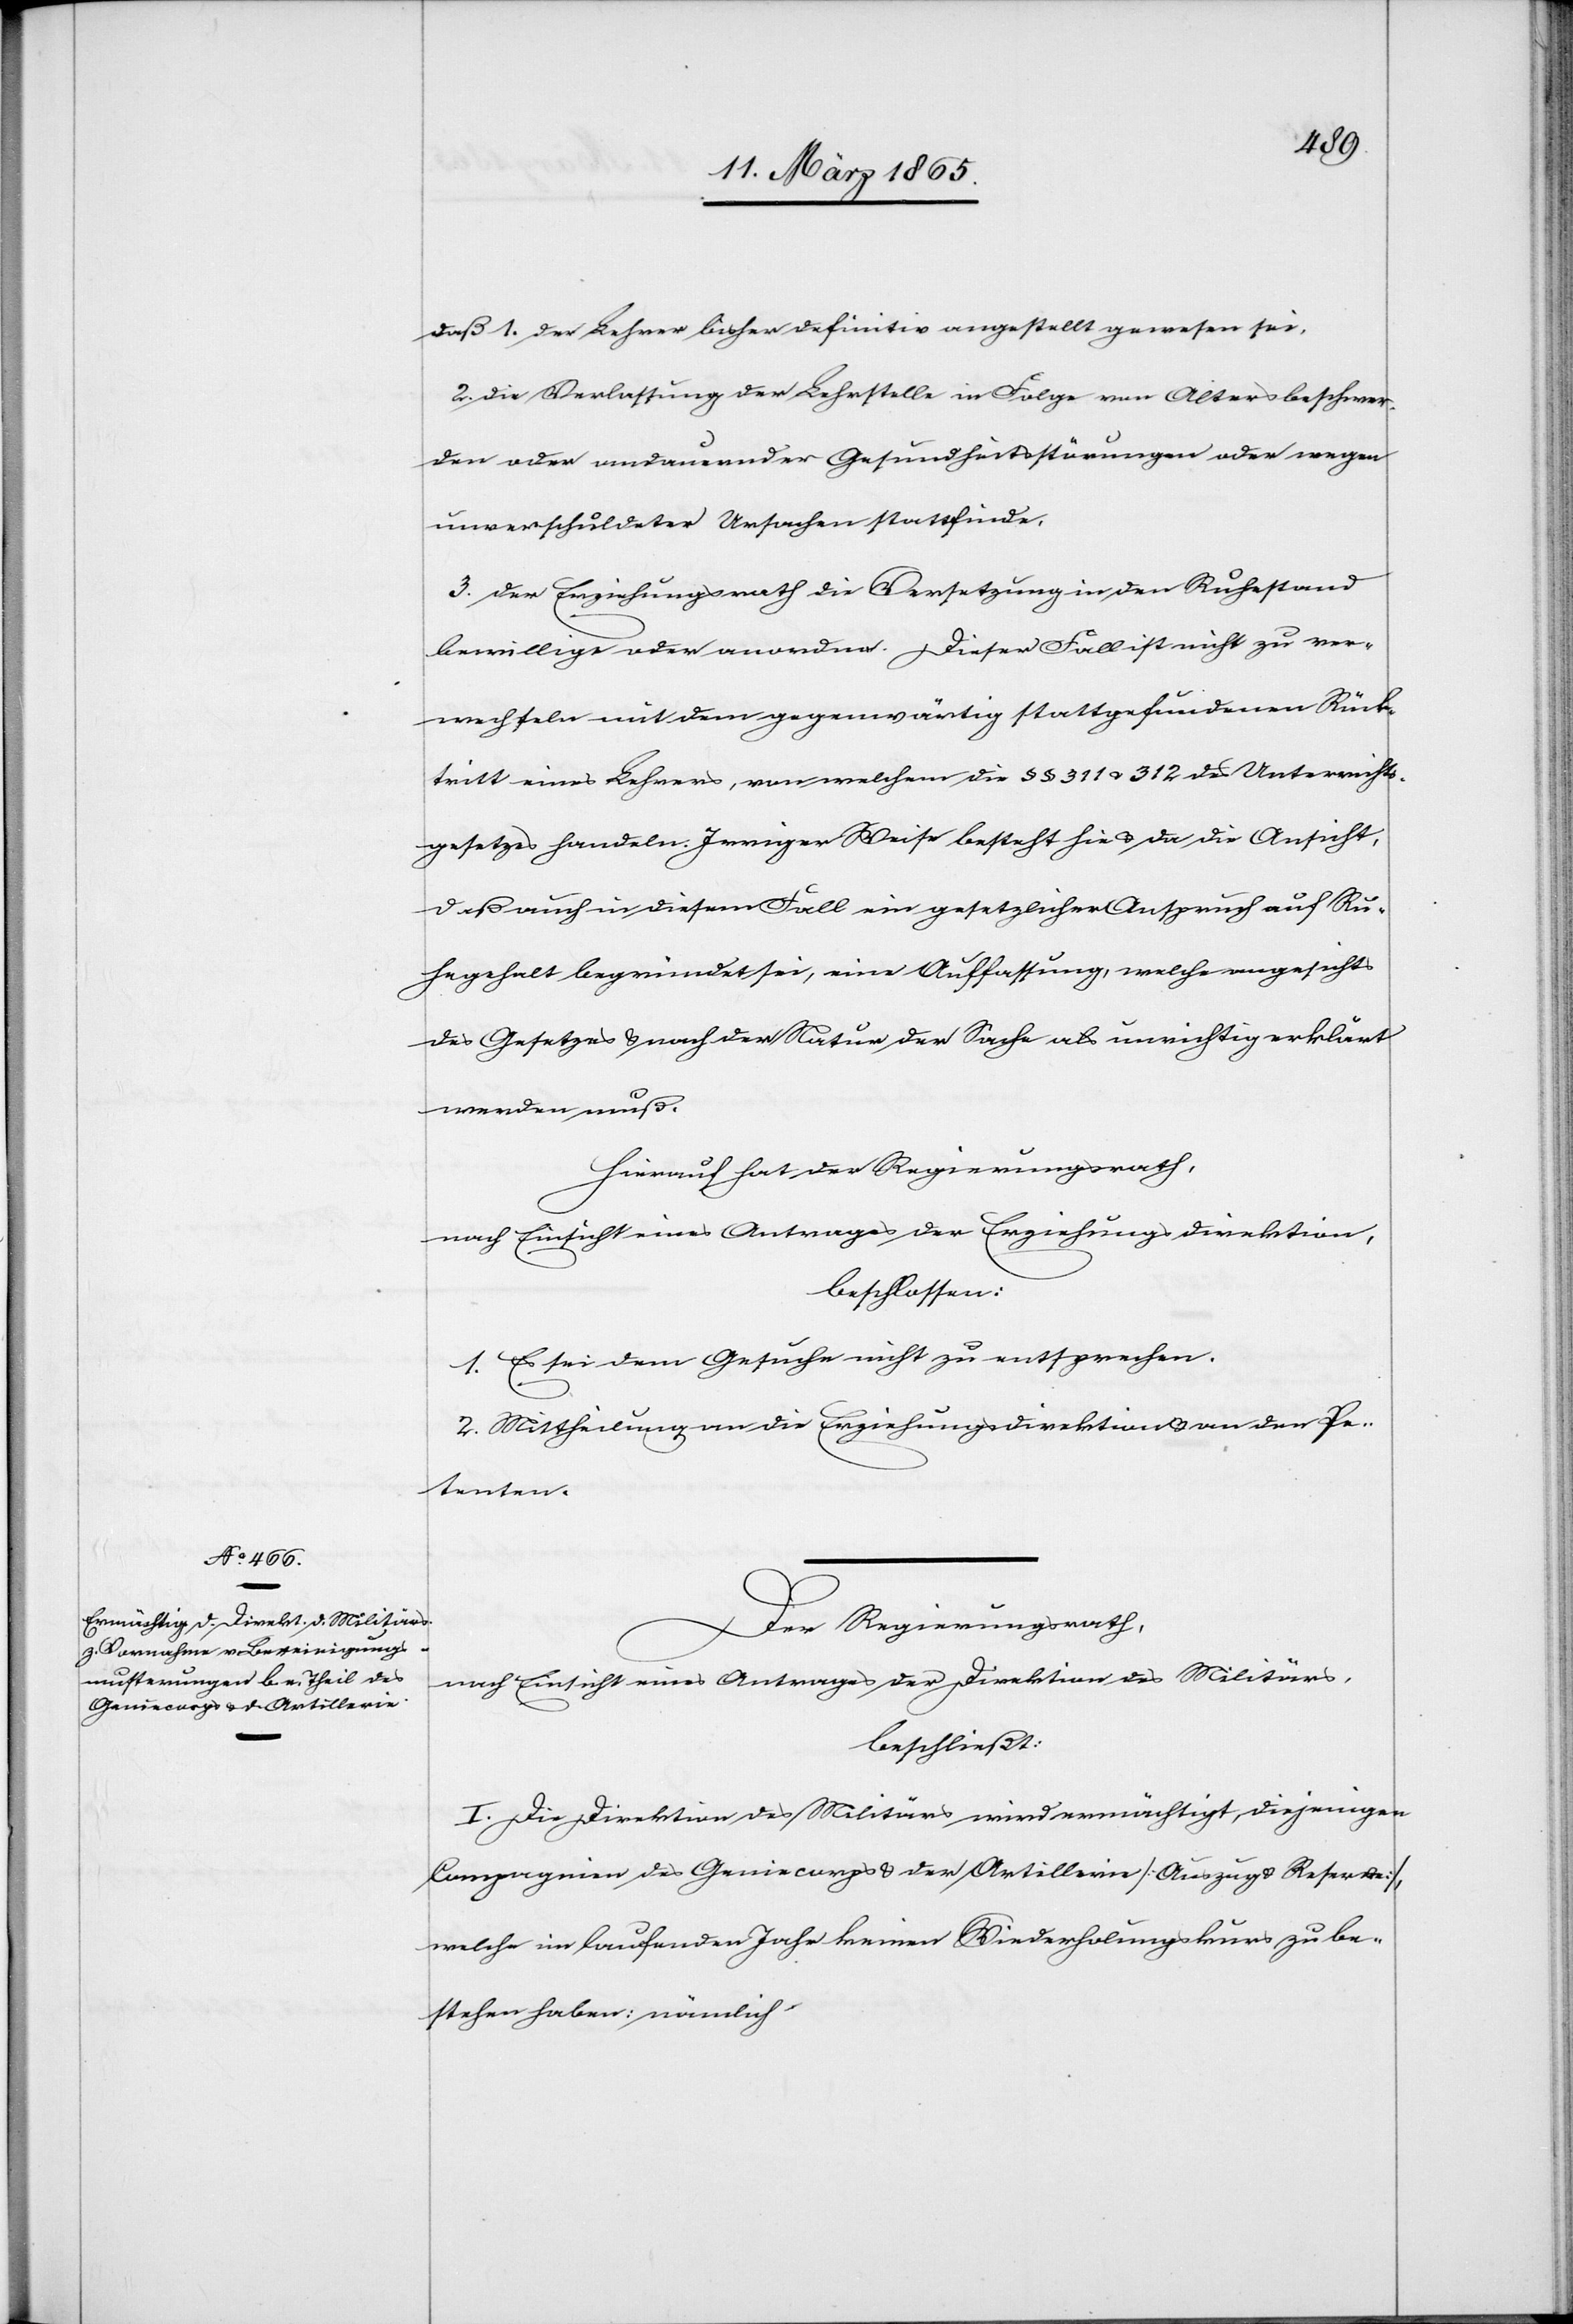
1. Der Lehrer bisher definitiv angestellt gewesen sei,
2. Die Verlassung der Lehrstelle in Folge von Altersbeschwer¬
den oder andauernder Gesundheitsstörungen oder wegen
unverschuldeter Ursachen stattfinde,
3. Der Erziehungsrath die Versetzung in den Ruhestand
bewillige oder anordne. Dieser Fall ist nicht zu ver¬
wechseln mit dem gegenwärtig stattgefundenen Rück¬
tritt eines Lehrers, von welchem die § § 311 & 312 des Unterrichts¬
gesetzes handeln. Irriger Weise besteht hie u. da die Ansicht,
daß auch in diesem Fall ein gesetzlicher Anspruch auf Ru¬
hegehalt begründet sei, eine Auffassung, welche angesichts
des Gesetzes & nach der Natur der Sache als unrichtig erklärt
werden muß.
Hierauf hat der Regierungsrath,
nach Einsicht eines Antrages der Erziehungsdirektion,
beschlossen:
1. Es sei dem Gesuche nicht zu entsprechen.
2. Mittheilung an die Erziehungsdirektion u. an den Pe¬
tenten.
Der Regierungsrath,
nach Einsicht eines Antrages der Direktion des Militärs,
beschließt:
I. Die Direktion des Militärs wird ermächtigt, diejenigen
Compagnien des Geniecorps & der Artillerie [Auszug u. Reserve],
welche im laufenden Jahr keinen Wiederholungskurs zu be¬
stehen haben: nämlich